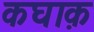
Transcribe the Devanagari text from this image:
कघाक़